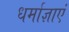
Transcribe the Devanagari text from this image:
धर्माज्ञाएं